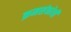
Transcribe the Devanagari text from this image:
क्रमसंकोची